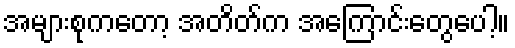
အများစုကတော့ အတိတ်က အကြောင်းတွေပေါ့။